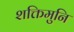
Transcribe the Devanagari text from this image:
शक्तिमुनि